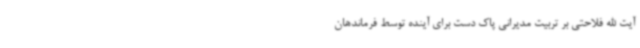
آیت الله فلاحتی بر تربیت مدیرانی پاک دست برای آینده توسط فرماندهان